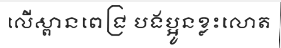
លើស្ពានពេជ្រ បងប្អូនខ្លះលោត